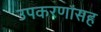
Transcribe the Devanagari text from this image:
उपकरणांसह